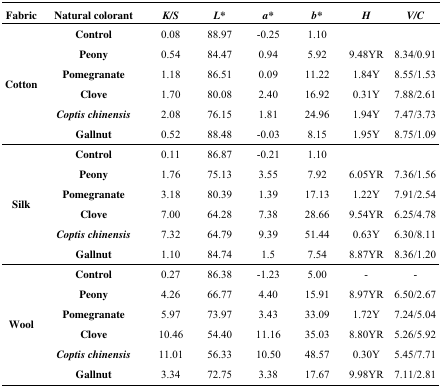
<table><thead><tr><td><b>Fabric</b></td><td><b>Natural colorant</b></td><td><b><i>K/S</i></b></td><td><b><i>L*</i></b></td><td><b><i>a*</i></b></td><td><b><i>b*</i></b></td><td><b><i>H</i></b></td><td><b><i>V/C</i></b></td></tr></thead><tbody><tr><td rowspan="6"><b>Cotton</b></td><td><b>Control</b></td><td>0.08</td><td>88.97</td><td>-0.25</td><td>1.10</td><td></td><td></td></tr><tr><td><b>Peony</b></td><td>0.54</td><td>84.47</td><td>0.94</td><td>5.92</td><td>9.48YR</td><td>8.34/0.91</td></tr><tr><td><b>Pomegranate</b></td><td>1.18</td><td>86.51</td><td>0.09</td><td>11.22</td><td>1.84Y</td><td>8.55/1.53</td></tr><tr><td><b>Clove</b></td><td>1.70</td><td>80.08</td><td>2.40</td><td>16.92</td><td>0.31Y</td><td>7.88/2.61</td></tr><tr><td><b><i>Coptis chinensis</i></b></td><td>2.08</td><td>76.15</td><td>1.81</td><td>24.96</td><td>1.94Y</td><td>7.47/3.73</td></tr><tr><td><b>Gallnut</b></td><td>0.52</td><td>88.48</td><td>-0.03</td><td>8.15</td><td>1.95Y</td><td>8.75/1.09</td></tr><tr><td rowspan="6"><b>Silk</b></td><td><b>Control</b></td><td>0.11</td><td>86.87</td><td>-0.21</td><td>1.10</td><td></td><td></td></tr><tr><td><b>Peony</b></td><td>1.76</td><td>75.13</td><td>3.55</td><td>7.92</td><td>6.05YR</td><td>7.36/1.56</td></tr><tr><td><b>Pomegranate</b></td><td>3.18</td><td>80.39</td><td>1.39</td><td>17.13</td><td>1.22Y</td><td>7.91/2.54</td></tr><tr><td><b>Clove</b></td><td>7.00</td><td>64.28</td><td>7.38</td><td>28.66</td><td>9.54YR</td><td>6.25/4.78</td></tr><tr><td><b><i>Coptis chinensis</i></b></td><td>7.32</td><td>64.79</td><td>9.39</td><td>51.44</td><td>0.63Y</td><td>6.30/8.11</td></tr><tr><td><b>Gallnut</b></td><td>1.10</td><td>84.74</td><td>1.5</td><td>7.54</td><td>8.87YR</td><td>8.36/1.20</td></tr><tr><td rowspan="6"><b>Wool</b></td><td><b>Control</b></td><td>0.27</td><td>86.38</td><td>-1.23</td><td>5.00</td><td>-</td><td>-</td></tr><tr><td><b>Peony</b></td><td>4.26</td><td>66.77</td><td>4.40</td><td>15.91</td><td>8.97YR</td><td>6.50/2.67</td></tr><tr><td><b>Pomegranate</b></td><td>5.97</td><td>73.97</td><td>3.43</td><td>33.09</td><td>1.72Y</td><td>7.24/5.04</td></tr><tr><td><b>Clove</b></td><td>10.46</td><td>54.40</td><td>11.16</td><td>35.03</td><td>8.80YR</td><td>5.26/5.92</td></tr><tr><td><b><i>Coptis chinensis</i></b></td><td>11.01</td><td>56.33</td><td>10.50</td><td>48.57</td><td>0.30Y</td><td>5.45/7.71</td></tr><tr><td><b>Gallnut</b></td><td>3.34</td><td>72.75</td><td>3.38</td><td>17.67</td><td>9.98YR</td><td>7.11/2.81</td></tr></tbody></table>